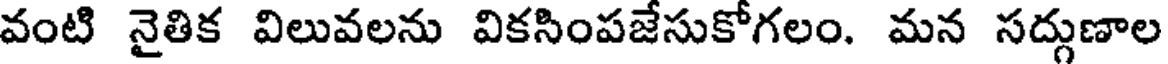
వంటి నైతిక విలువలను వికసింపజేసుకోగలం. మన సద్గుణాల